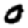
Digit: 0